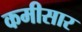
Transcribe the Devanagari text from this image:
कमीसार